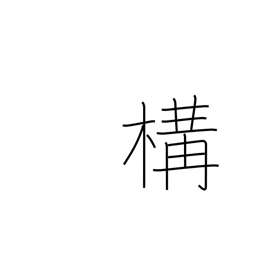
Meaning: posture